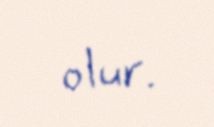
olur.